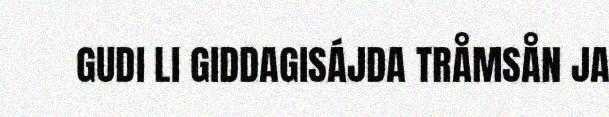
GUDI LI GIDDAGISÁJDA TRÅMSÅN JA